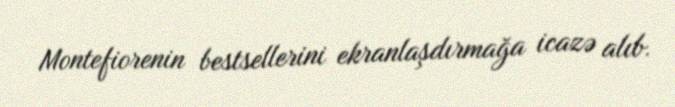
Montefiorenin bestsellerini ekranlaşdırmağa icazə alıb.